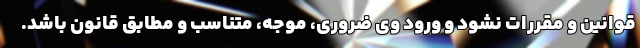
قوانین و مقررات نشود و ورود وی ضروری، موجه، متناسب و مطابق قانون باشد.